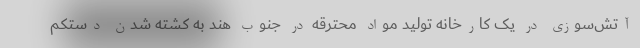
آتش‌سوزی در یک کارخانه تولید مواد محترقه در جنوب هند به کشته شدن دستکم